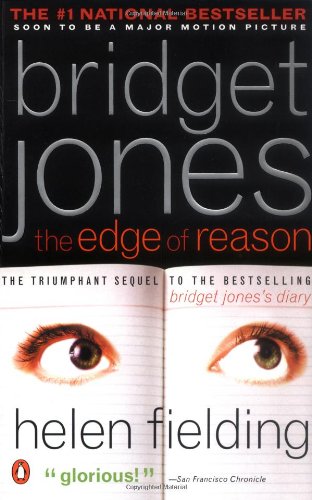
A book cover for Bridget Jones: the Edge of Reason; Helen Fielding; Literature & Fiction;